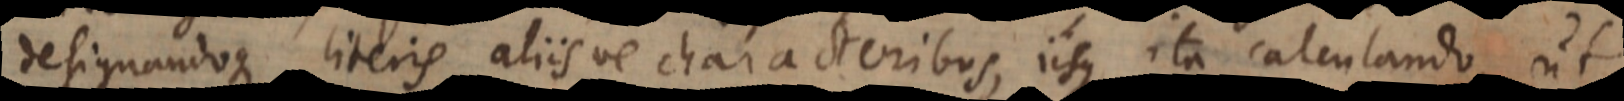
designandoque literis aliisve characteribus, iisque ita calculando, ut